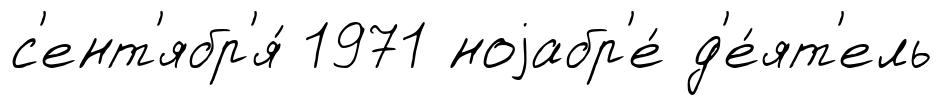
с'ент'ябр'я́ 1971 ноjабр'е́ д'е́ят'ель